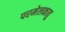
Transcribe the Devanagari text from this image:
परमेलकावु